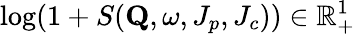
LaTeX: \mathrm{log}(1+S(\mathbf{Q},\omega,J_{p},J_{c}))\in\mathbb{R}_{+}^{1}